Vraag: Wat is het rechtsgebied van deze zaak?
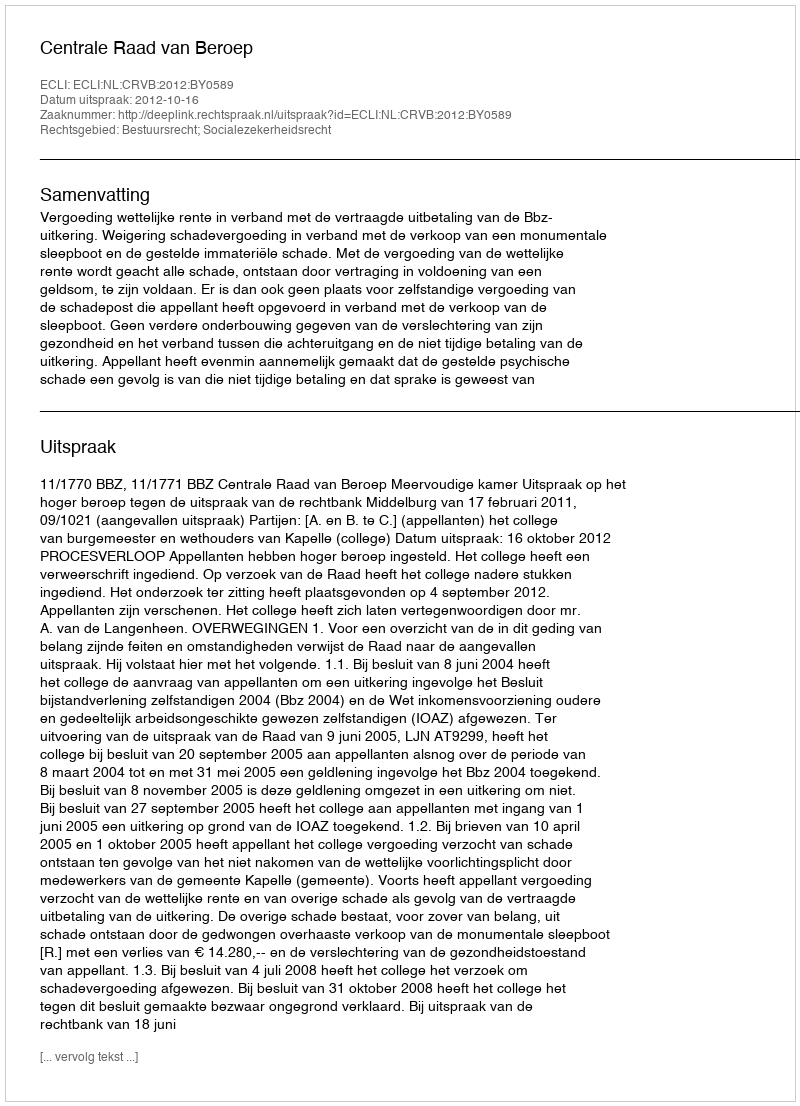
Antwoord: Bestuursrecht; Socialezekerheidsrecht